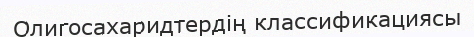
Олигосахаридтердің классификациясы